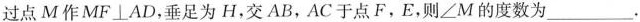
过点M作MF⊥AD，垂足为H，交AB，AC于点F，E，则\angle M的度数为___.